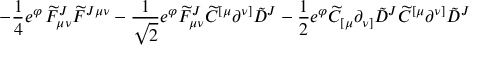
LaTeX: \left. - \frac { 1 } { 4 } e ^ { \varphi } \, { \widetilde F } _ { \mu \nu } ^ { J } { \widetilde F } ^ { J \mu \nu } - \frac { 1 } { \sqrt 2 } e ^ { \varphi } { \widetilde F } _ { \mu \nu } ^ { J } { \widetilde C } ^ { [ \mu } \partial ^ { \nu ] } { \tilde { D } } ^ { J } - \frac { 1 } { 2 } e ^ { \varphi } { \widetilde C } _ { [ \mu } \partial _ { \nu ] } { \tilde { D } } ^ { J } { \widetilde C } ^ { [ \mu } \partial ^ { \nu ] } { \tilde { D } } ^ { J } \right.